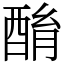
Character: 酳